Annual report of the Imperial Bacteriological Laboratory, Muktesar
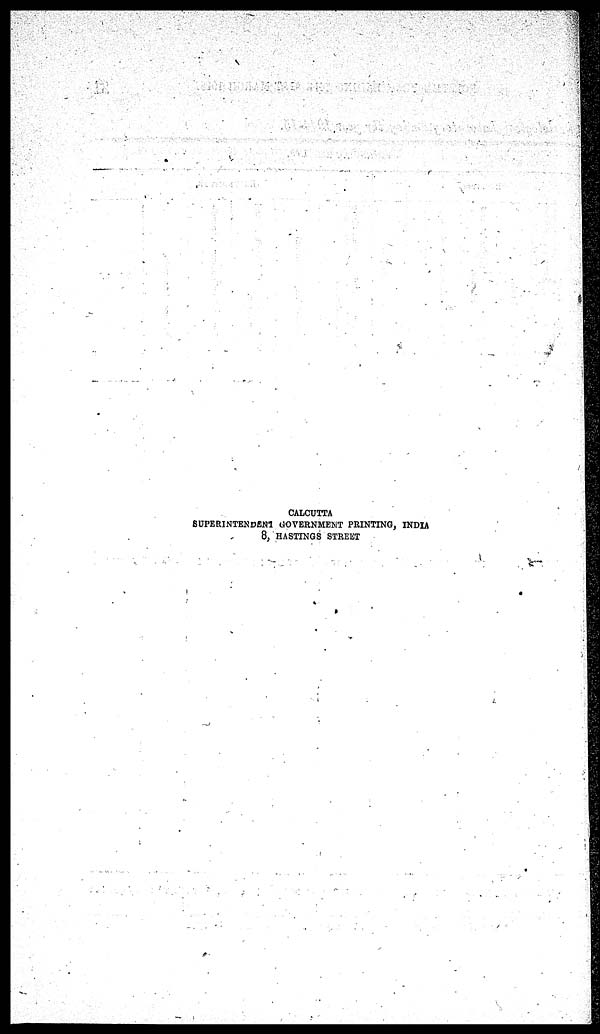
CALCUTTA
SUPERINTENDENT GOVERNMENT PRINTING, INDIA
8, HASTINGS STREET